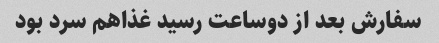
سفارش بعد از دوساعت رسید غذاهم سرد بود